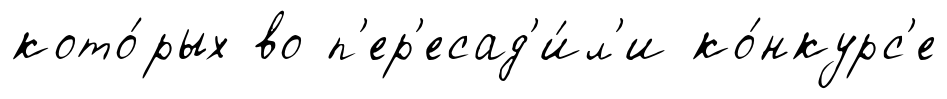
кото́рых во п'ер'есад'и́л'и ко́нкурс'е